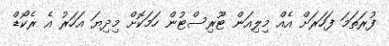
ފުރަތަމަ ފަހަރަށް އެއް މިލިއަން ޓޫރިސްޓުން ހަމަކޮށް މިދިޔަ އަހަރު އެ ރެކޯޑް